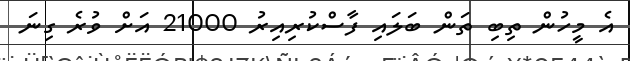
އެ މީހުން ތިބި ތަން ބަލައި ފާސްކުރިއިރު 21000 އަށް ވުރެ ގިނަ